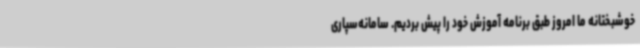
خوشبختانه ما امروز طبق برنامه آموزش خود را پیش بردیم. سامانه‌سپاری